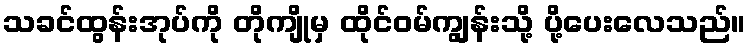
သခင်ထွန်းအုပ်ကို တိုကျိုမှ ထိုင်ဝမ်ကျွန်းသို့ ပို့ပေးလေသည်။